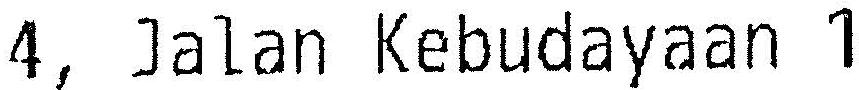
4, JALAN KEBUDAYAAN 1